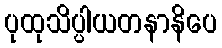
ပုထုသိပ္ပါယတနာနိပေ